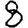
Digit: 8